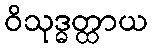
ဝိသုဒ္ဓတ္ထာယ